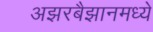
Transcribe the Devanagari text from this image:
अझरबैझानमध्ये